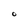
Character: O